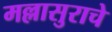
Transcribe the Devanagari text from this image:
मल्लासुराचे